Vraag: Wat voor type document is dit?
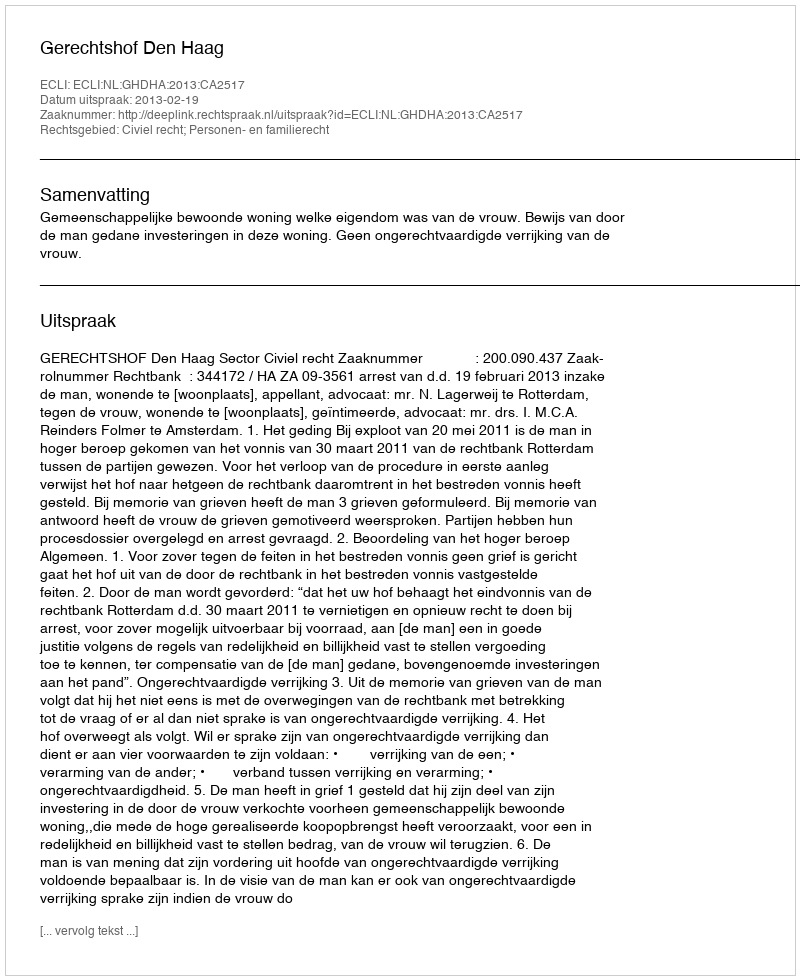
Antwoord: Uitspraak